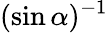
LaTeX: (\sin\alpha)^{-1}